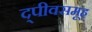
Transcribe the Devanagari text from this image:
द्पीवसमूह